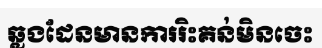
ឆ្លងដែនមានការរិះគន់មិនចេះ